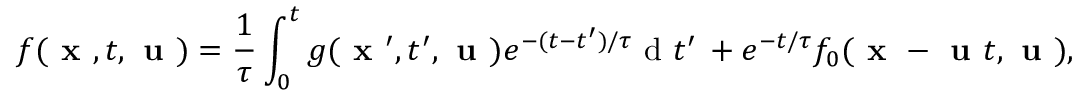
f ( \textbf { x } , t , \textbf { u } ) = \frac { 1 } { \tau } \int _ { 0 } ^ { t } g ( \textbf { x } ^ { \prime } , t ^ { \prime } , \textbf { u } ) e ^ { - ( t - t ^ { \prime } ) / \tau } \mathrm { ~ d ~ } t ^ { \prime } \, + e ^ { - t / \tau } f _ { 0 } ( \textbf { x } - \textbf { u } t , \textbf { u } ) ,